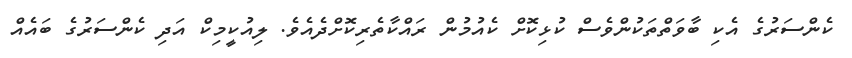
ކެންސަރުގެ އެކި ބާވަތްތަކުންވެސް ކުޅިކޮށް ކެއުމުން ރައްކާތެރިކޮށްދެއެވެ. ލިއުކީމިކް އަދި ކެންސަރުގެ ބައެއް